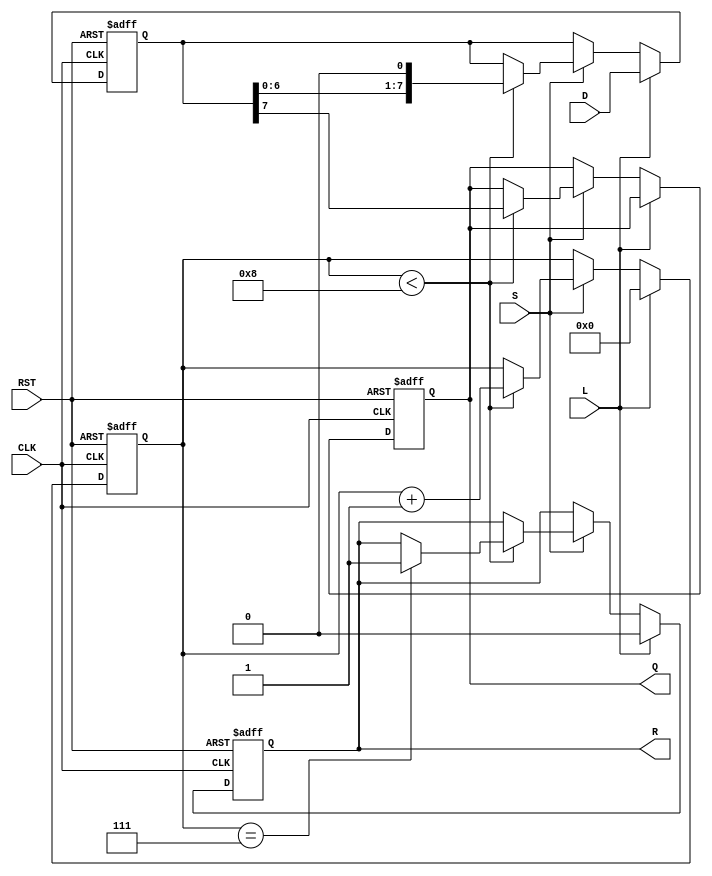
module PISO_Register #(
    parameter WIDTH = 8  // Width of the data input bus
)(
    input wire [WIDTH-1:0] D,   // Data inputs
    input wire L,                // Load signal
    input wire S,                // Shift signal
    input wire CLK,              // Clock signal
    input wire RST,              // Reset signal
    output reg Q,                // Serial output
    output reg R                 // Ready signal
);

    reg [WIDTH-1:0] R_reg;       // Internal register storage
    reg [3:0] shift_count;       // Counter for number of bits shifted out

    // Asynchronous reset
    always @(posedge CLK or posedge RST) begin
        if (RST) begin
            R_reg <= 0;           // Clear register
            Q <= 0;               // Clear output
            R <= 1;               // Ready signal active
            shift_count <= 0;      // Reset shift counter
        end else begin
            if (L) begin           // Load operation
                R_reg <= D;        // Load data into register
                shift_count <= 0;   // Reset shift counter
                R <= 0;             // Not ready since data is loaded
            end else if (S) begin  // Shift operation
                if (shift_count < WIDTH) begin
                    Q <= R_reg[WIDTH-1]; // Shift out MSB
                    R_reg <= {R_reg[WIDTH-2:0], 1'b0}; // Shift left
                    shift_count <= shift_count + 1; // Increment shift counter
                    if (shift_count == WIDTH-1) begin
                        R <= 1; // Ready signal active after last bit is shifted out
                    end
                end
            end
        end
    end

endmodule